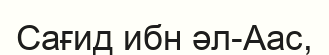
Сағид ибн әл-Аас,